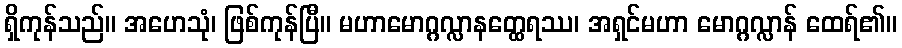
ရှိကုန်သည်။ အဟေသုံ၊ ဖြစ်ကုန်ပြီ။ မဟာမောဂ္ဂလ္လာနတ္ထေရဿ၊ အရှင်မဟာ မောဂ္ဂလ္လာန် ထေရ်၏။